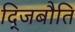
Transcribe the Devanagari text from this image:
द्जिबौति